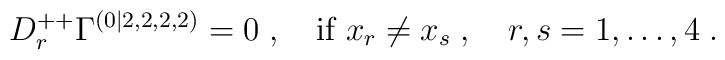
D^{++}_r\Gamma^{(0|2,2,2,2)} = 0\;, \quad \mbox{if } x_r\neq x_s\;,   \quad  r,s=1,\ldots,4  \;.